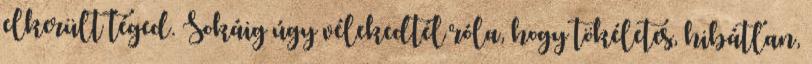
elkerült téged. Sokáig úgy vélekedtél róla, hogy tökéletes, hibátlan,